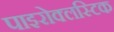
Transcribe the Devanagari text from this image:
पाइरोक्लस्टिक